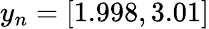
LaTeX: y_{n}=[1.998,3.01]